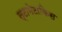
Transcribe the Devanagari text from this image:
स्टामेटाकिस